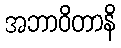
အဘာဝိတာနိ